system: You are a helpful assistant.
user:
Analyze the provided spectrum to determine if it is a **"Cataclysmic Variables (CV)"**.

- **Key Indicators for CV (Check for either state):**
    - **State 1: Quiescent / Low-State (Emission-Dominated)**
        - **(Primary):** Strong and *very broad* Hydrogen Balmer emission lines (e.g., $H\alpha$ at 6563 Å, $H\beta$ at 4861 Å). The 'broadness' (high velocity dispersion, often FWHM > 1000 km/s) is the key diagnostic, indicating a high-velocity accretion disk.
        - **(Secondary):** Broad neutral Helium (He I) emission lines (e.g., 5876 Å, 6678 Å).
        - **(Key Confirmation):** Presence of high-excitation *ionized* Helium (He II) emission at 4686 Å. This is a strong indicator of accretion onto a white dwarf.
        - **(Line Profile):** Emission lines may exhibit a 'double-peaked' profile, which is a classic signature of a rotating accretion disk viewed at high inclination.

    - **State 2: Outburst / High-State (Absorption-Dominated)**
        - **(Primary):** Spectrum is dominated by a bright, blue continuum (looks like a hot star).
        - **(Secondary):** The emission lines from State 1 are weak, absent, or 'filled in', and are replaced by broad, shallow *absorption* lines (primarily Balmer and He I).
        - **(Morphology):** The overall spectrum mimics a hot B/A-type star. The crucial difference is that the absorption lines are significantly broader, shallower, and more 'washed-out' (or 'smeared') than the sharp lines of a normal stellar photosphere, due to high rotational speeds and pressure broadening in the disk.

Think first, call **spectral_visualization_tool** if needed to examine features in detail, then provide your final answer. Your response must adhere to the following strict rules:
1.  **Overall Structure:** Your response must follow the format `<think>...</think> <tool_call>...</tool_call> (if a tool is used) <answer>...</answer>`.
2.  **Tool Usage Constraint:** You may only make **one** tool call per turn.
3.  **Final Answer Format:** In the `<answer>` tag, your conclusion must be inside a `\boxed{}` command (e.g., `\boxed{YES}`), followed by your justification.

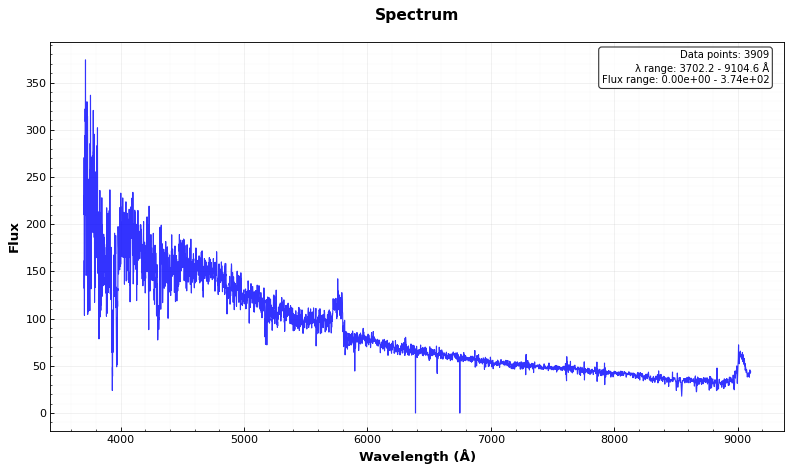
Answer: NO